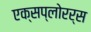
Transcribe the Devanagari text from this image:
एक्सप्लोरर्स